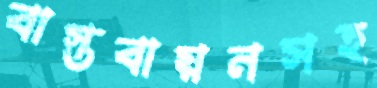
বাস্তবায়নসহ